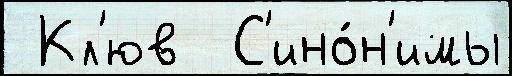
 Кл'юв  С'ино́н'имы